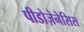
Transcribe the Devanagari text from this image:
पीडोज़ेनेसिस